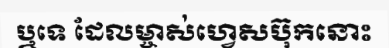
ឬទេ ដែលម្ចាស់ហ្វេសប៊ុកនោះ